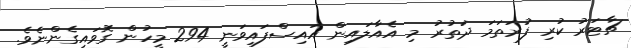
ޗާޓަރު ކުރި ފުރަތަމަ ދަތުރު މި އެއާލައިން އައިސްފައިވަނީ 294 މީހުން ގޮވައިގެންނެވެ.